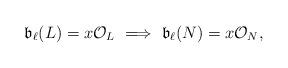
LaTeX: \begin{align*}\mathfrak{b}_{\ell}(L)=x\mathcal{O}_L\ \Longrightarrow\ \mathfrak{b}_{\ell}(N)=x\mathcal{O}_N,\end{align*}